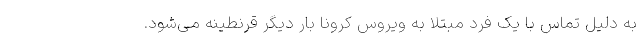
به دلیل تماس با یک فرد مبتلا به ویروس کرونا بار دیگر قرنطینه می‌شود.